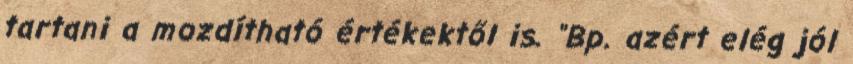
tartani a mozdítható értékektől is. "Bp. azért elég jól